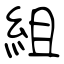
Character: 組